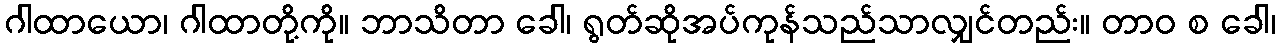
ဂါထာယော၊ ဂါထာတို့ကို။ ဘာသိတာ ခေါ၊ ရွတ်ဆိုအပ်ကုန်သည်သာလျှင်တည်း။ တာဝ စ ခေါ၊